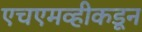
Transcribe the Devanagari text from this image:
एचएमव्हीकडून